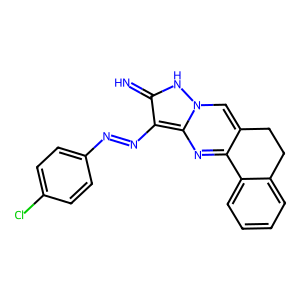
SMILES: N=c1[nH]n2cc3c(nc2c1N=Nc1ccc(Cl)cc1)-c1ccccc1CC3
Inhibits HIV replication: No